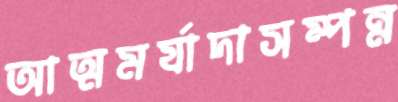
আত্মমর্যাদাসম্পন্ন